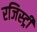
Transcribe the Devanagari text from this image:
रजिस्‍ट्री